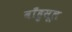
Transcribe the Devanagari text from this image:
बाँहुसूल